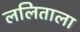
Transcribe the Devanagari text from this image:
ललिताला